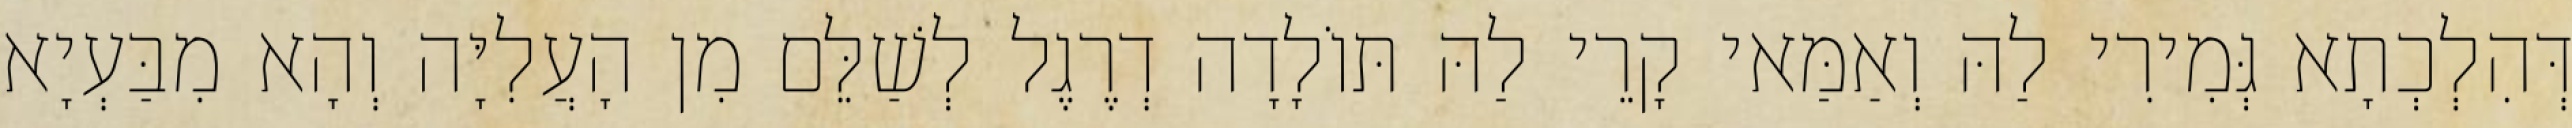
דְּהִלְכְתָא גְּמִירִי לַהּ וְאַמַּאי קָרֵי לַהּ תּוֹלָדָה דְרֶגֶל לְשַׁלֵּם מִן הָעֲלִיָּה וְהָא מִבַּעְיָא